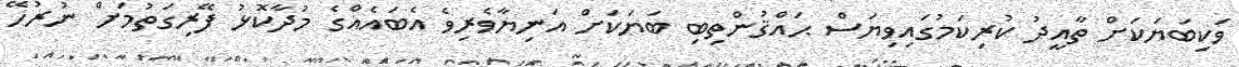
ވަކިބަޔަކަށް ތާއީދު ކުރިކަމުގައިވިޔަސް ޙައްޤުންތިބި ބަޔަކަށް އަނިޔާވެރިވެ އެބައެއްގެ މުދާކޮޅު ފޭރިގަތުމަށް ނުރުހޭ